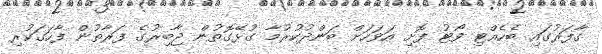
ގާފަރުގައި ބެހެއްޓި ވޯޓު ފޮށި އަވަހަށް ބަންދުކުރުމާ ގުޅޭގޮތުން ޖާބިރުގެ ފަރާތުން ފާހަގަކުރި